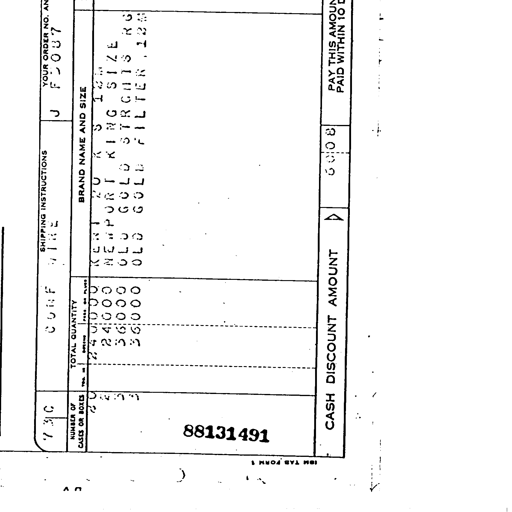
730 CONF WIRE J YOUR ORDER NO. AND DATE F5087
NUMBER OF CASES OR BOXES TOTAL QUANTITY BRAND NAME AND SIZE
20 240000 KENT 20 K S 12M
2 24000 NEWPORT KING SIZE
3 36000 OLD GOLD STRAIGHTS RG
3 36000 OLD GOLD FILTER 12M
88131491
CASH DISCOUNT AMOUNT 6008 PAY THIS AMOUNT IF PAID WITHIN 10 DAYS